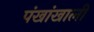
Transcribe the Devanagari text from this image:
पंखांखाली